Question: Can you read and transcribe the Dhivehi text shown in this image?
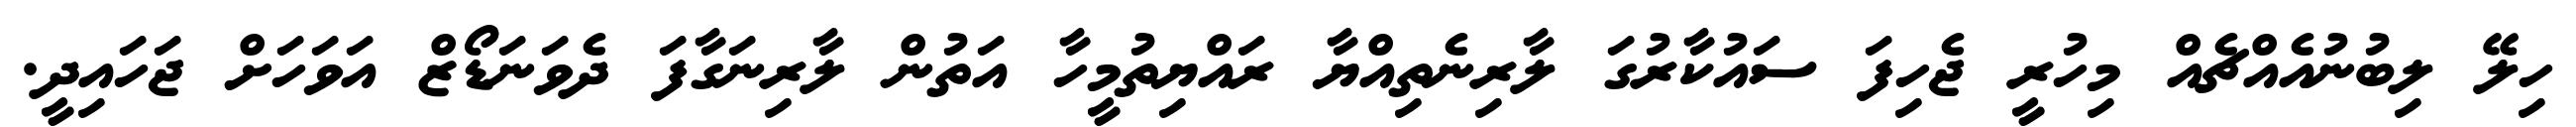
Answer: ހިލޭ ލިބުނުއެއްޗެއް މިހުރީ ޖެހިފަ ސައުކާރުގަ ލާރިނެތިއްޔާ ރައްޔިތުމީހާ އަތުން ލާރިނަގާފަ ދެވަނަޑޯޒް އަވަހަށް ޖަހައިދީ.